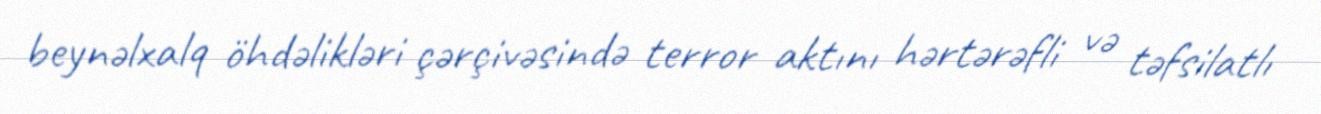
beynəlxalq öhdəlikləri çərçivəsində terror aktını hərtərəfli və təfsilatlı